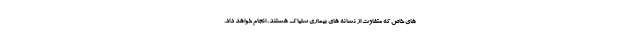
های خاص که متفاوت از نشانه های بیماری سلیاک هستند، انجام خواهد داد.